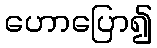
ဟောပြော၍